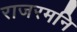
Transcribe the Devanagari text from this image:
राजरमनि